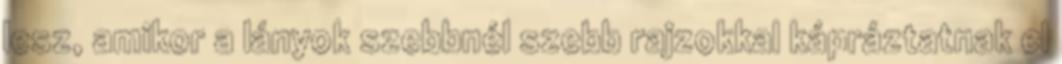
lesz, amikor a lányok szebbnél szebb rajzokkal kápráztatnak el